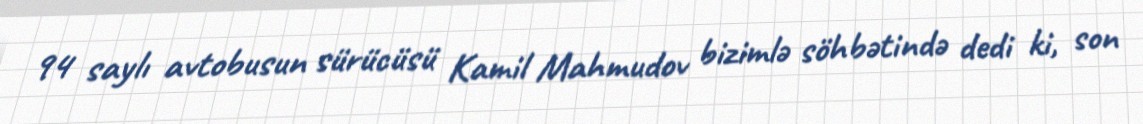
94 saylı avtobusun sürücüsü Kamil Mahmudov bizimlə söhbətində dedi ki, son